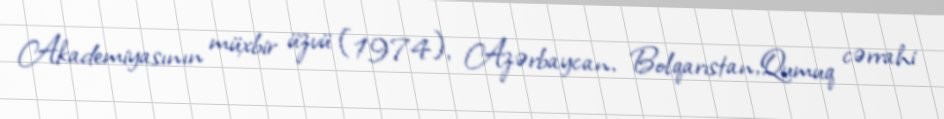
Akademiyasının müxbir üzvü (1974), Azərbaycan, Bolqarıstan,Qumuq cərrahi